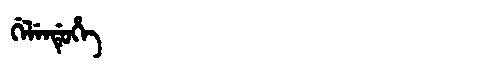
Manchu: ᡤᡝᠯᡝᠨᡩᡠᡥᡝ
Romanization: GELENDUHE